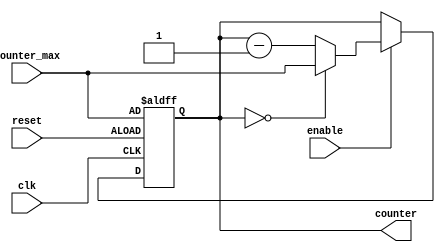
`timescale 1ns / 1ns // `timescale time_unit/time_precision

module clock_divider(
    input [27:0] counter_max, 
    input clk,
    input enable,
    input reset, 
    output reg [27:0] counter);

    // Counting down
    always @(posedge clk or negedge reset)
    begin
        if (~reset)
            counter <= counter_max;
        else if (enable) begin
            if (counter == 28'd0)  // Counter reached 0
                counter <= counter_max;
            else
                counter <= counter - 1;
        end
    end
endmodule